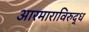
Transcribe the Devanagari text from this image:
आरमाराविरुद्ध